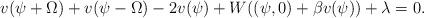
LaTeX: \begin{align*}v(\psi + \Omega) +v(\psi - \Omega)- 2 v(\psi) + W((\psi, 0) + \beta v(\psi)) +\lambda = 0.\end{align*}